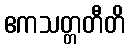
ဧကသတ္တတီတိ